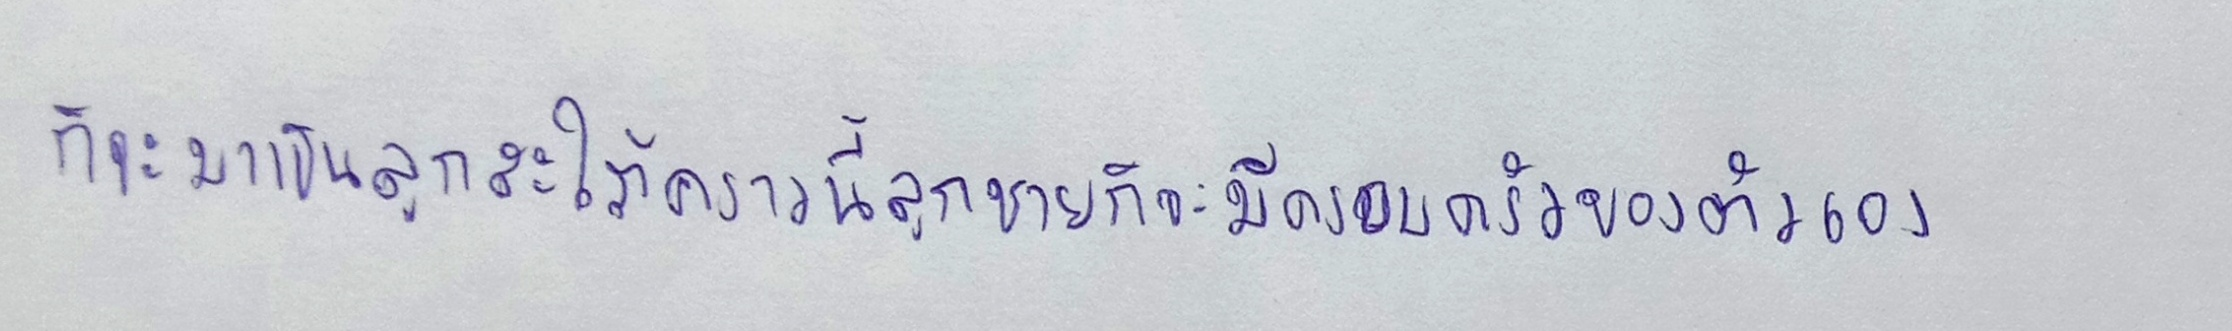
ก็จะมาเป็นลูกสะใภ้คราวนี้ลูกชายก็จะมีครอบครัวของตัวเอง